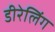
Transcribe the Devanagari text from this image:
डीरेलिंग